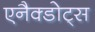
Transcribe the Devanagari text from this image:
एनैक्डोट्स